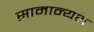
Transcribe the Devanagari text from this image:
सामान्यथ